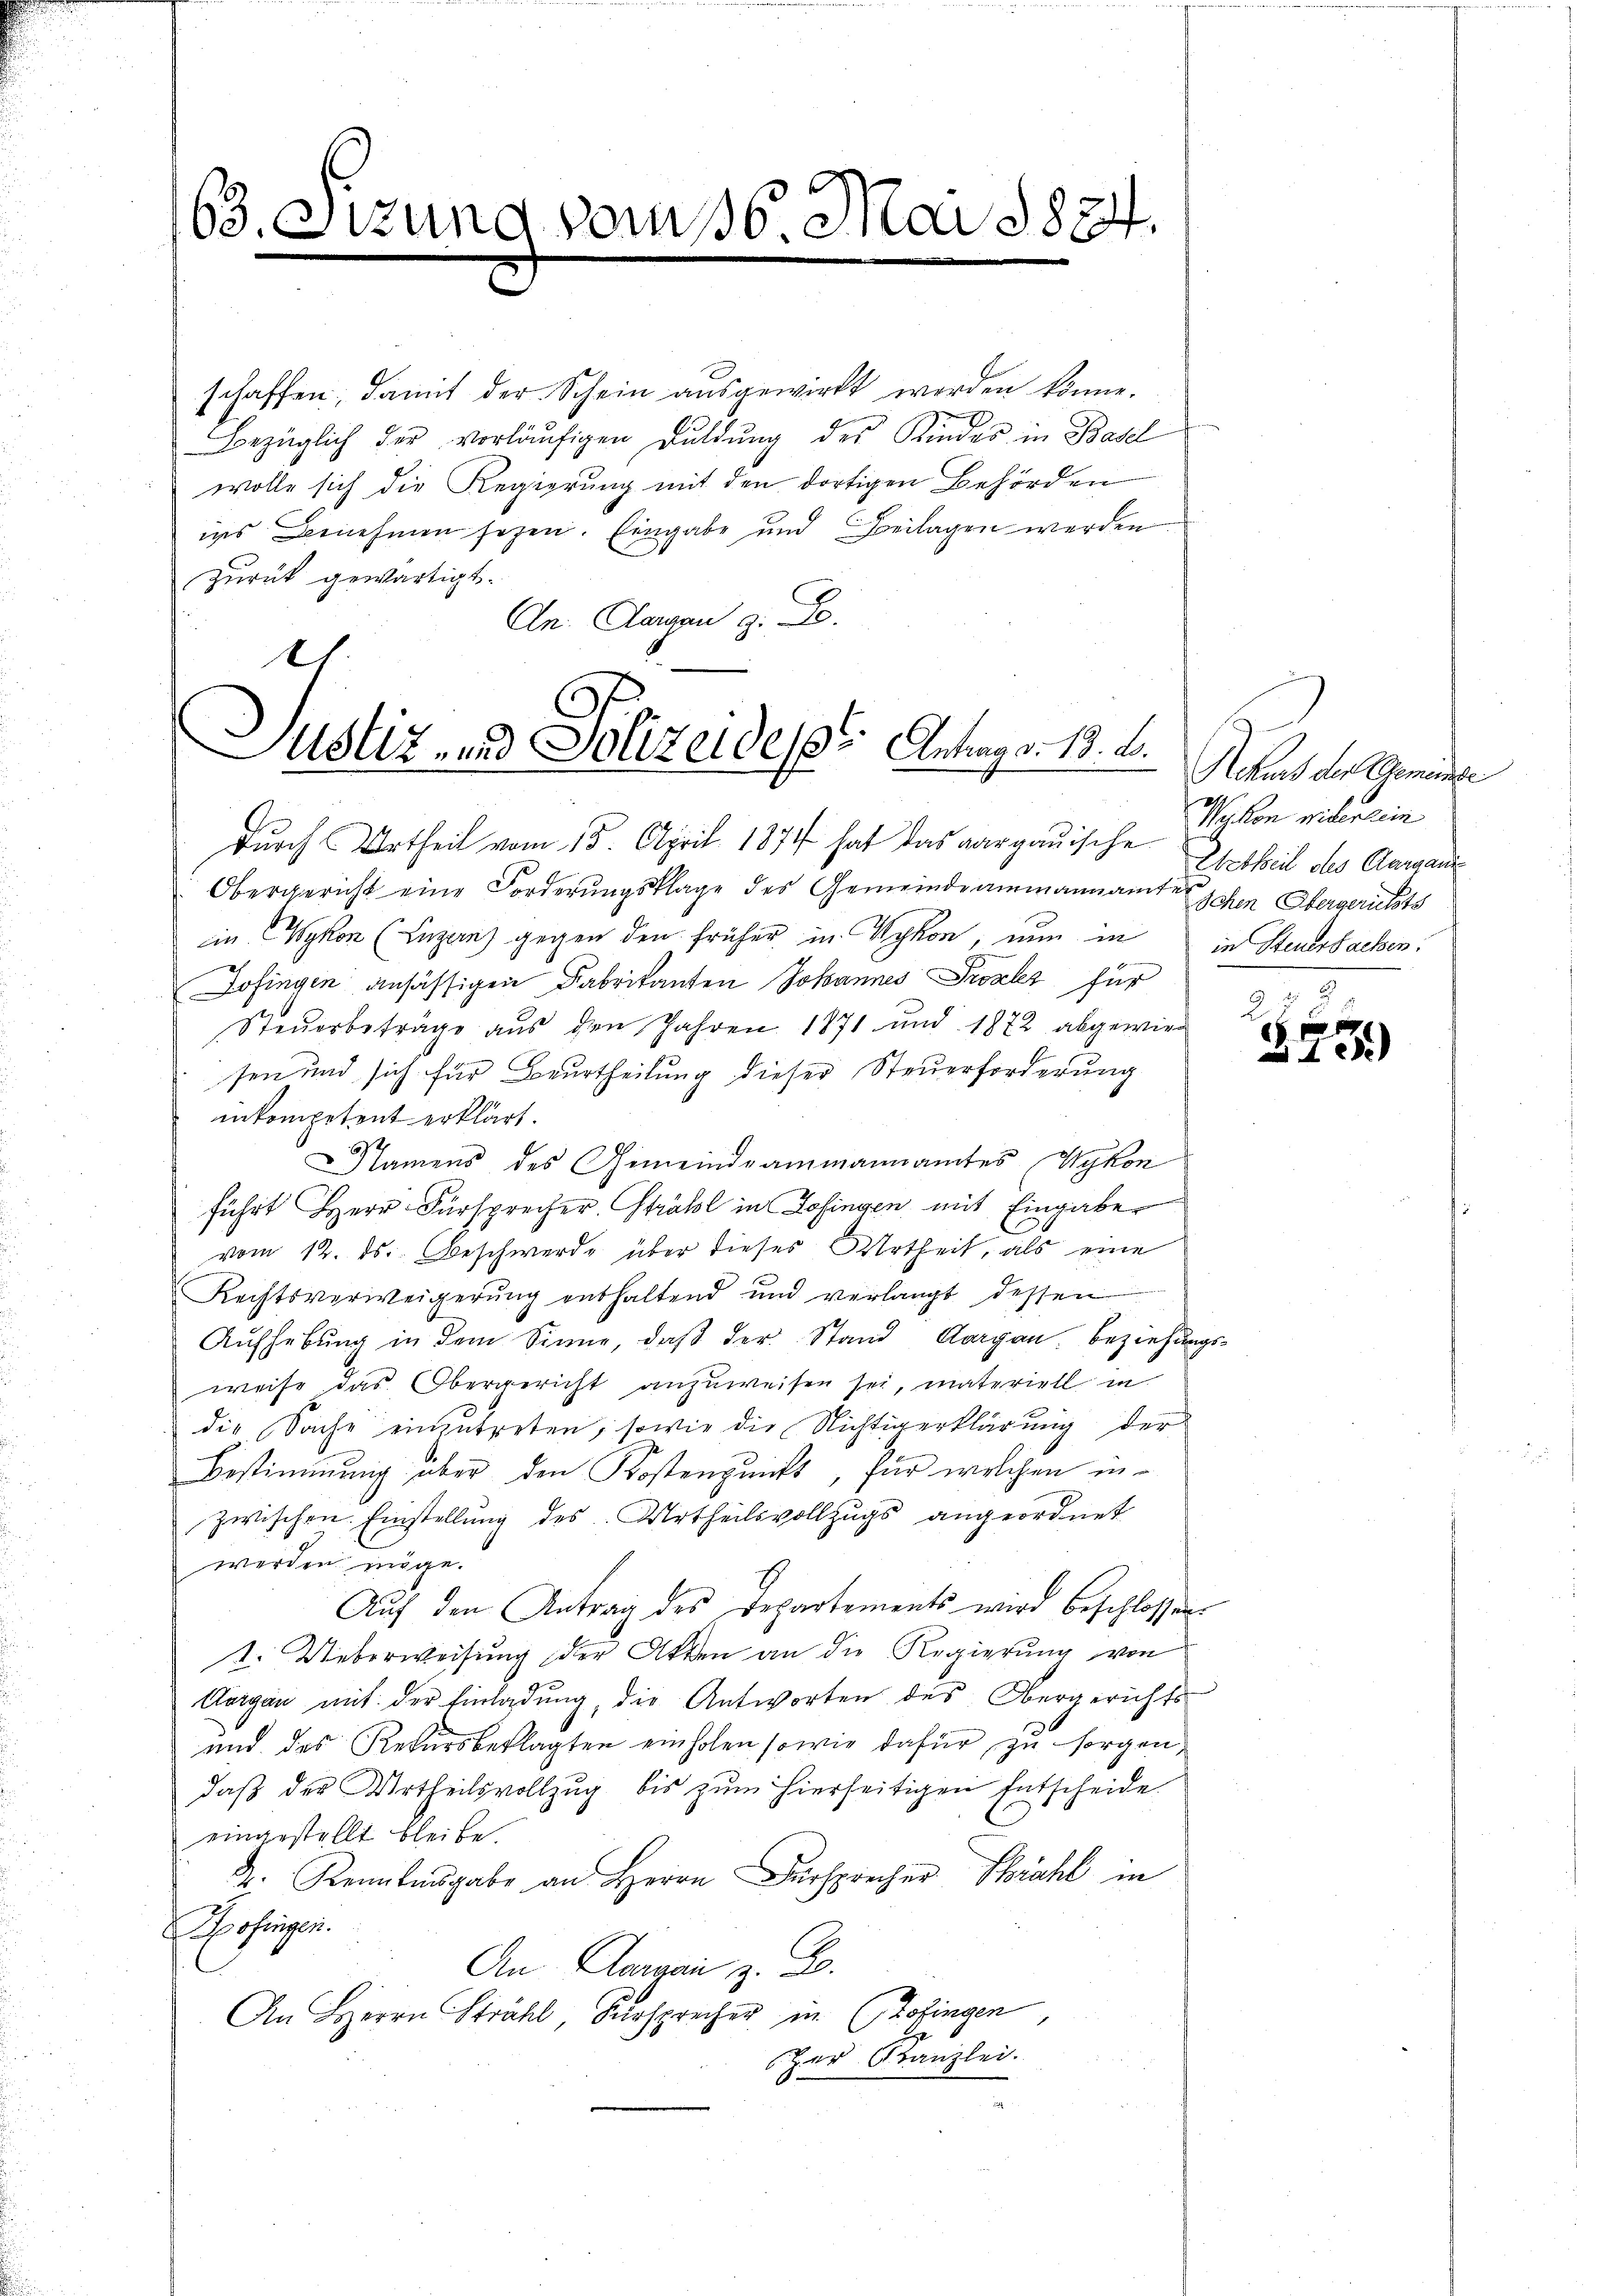
63. Sizung vom 16. Mai 1824.

schaffen, damit der Schein ausgewirkt worden könne.
Bezüglich der vorläufigen Duldung des Kindes in Basel
wolle sich die Regierung mit den dortigen Behörden
ins Benehmen sehen. Eingabe und Beilagen werden
zurück gewärtigt.
An: Aargau z. B.
B

Justiz- und Polizeideser Antrags 18. d.

durch Urtheil vom 15. April 1874 hat das aargauische

Obergericht eine Forderungsklage des Gemeindeammannamte schen Obergerichts
in (Wykon (Luzanz gegen den früher in Rykon, nun in in Steuersachen:
Zofingen ansässigen Fabrikanten Johannes Prozler für
Steuerbeträge aus den Jahren 1871 und 1872 abgewirsen und sich für Beurtheilung dieser Steuerforderung
inkompetent erklärt.
Namens des Gemeindeammannamtes Wykon
führt Herr Fürsprecher Strahl in Zofingen mit Eingabe
vom 12. ds. Beschwerde über dieses Urtheil, als eine
Rechtsverweigerung enthaltend und verlangt dessen
Aufhebung in dem Sinne, daß der Stand Aargau. Beziehungsweise das Obergericht anzuweisen sei, materiell in
die Sache einzutreten, sowie die Nichtigerklärung der
Bestimmung über den Kostenpunkt, für welchen in-
zwischen Einstellung des Urtheilsvollzugs angeordnet
werden möge.
Auf den Antrag des Departements wird beschlossen.
1. Ueberweisung der Akten an die Regierung von
Aargau mit der Einladung, die Antworten des Obergerichts
und des Rekursbeklagten einholen sowie dafür zu sorgen,
daβ der Urtheilsvollzug bis zum hierseitigen Entscheide
eingestellt bleibe.
d. Kenntnisgabe an Herrn Fürsprecher Strahl in
Hofingen.
An Aargau z. B.
An Herrn Strahl, Fürsprecher in Zofingen
E
zer Kanzlei.

Rekurs der Gemeinde
21
 Nikon widerlein
Ertheil des Aargau

272
0f x
1